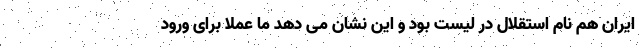
ایران هم نام استقلال در لیست بود و این نشان می دهد ما عملا برای ورود